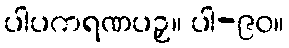
ပါပကရဏပဉှ။ ပါ-၉၀။